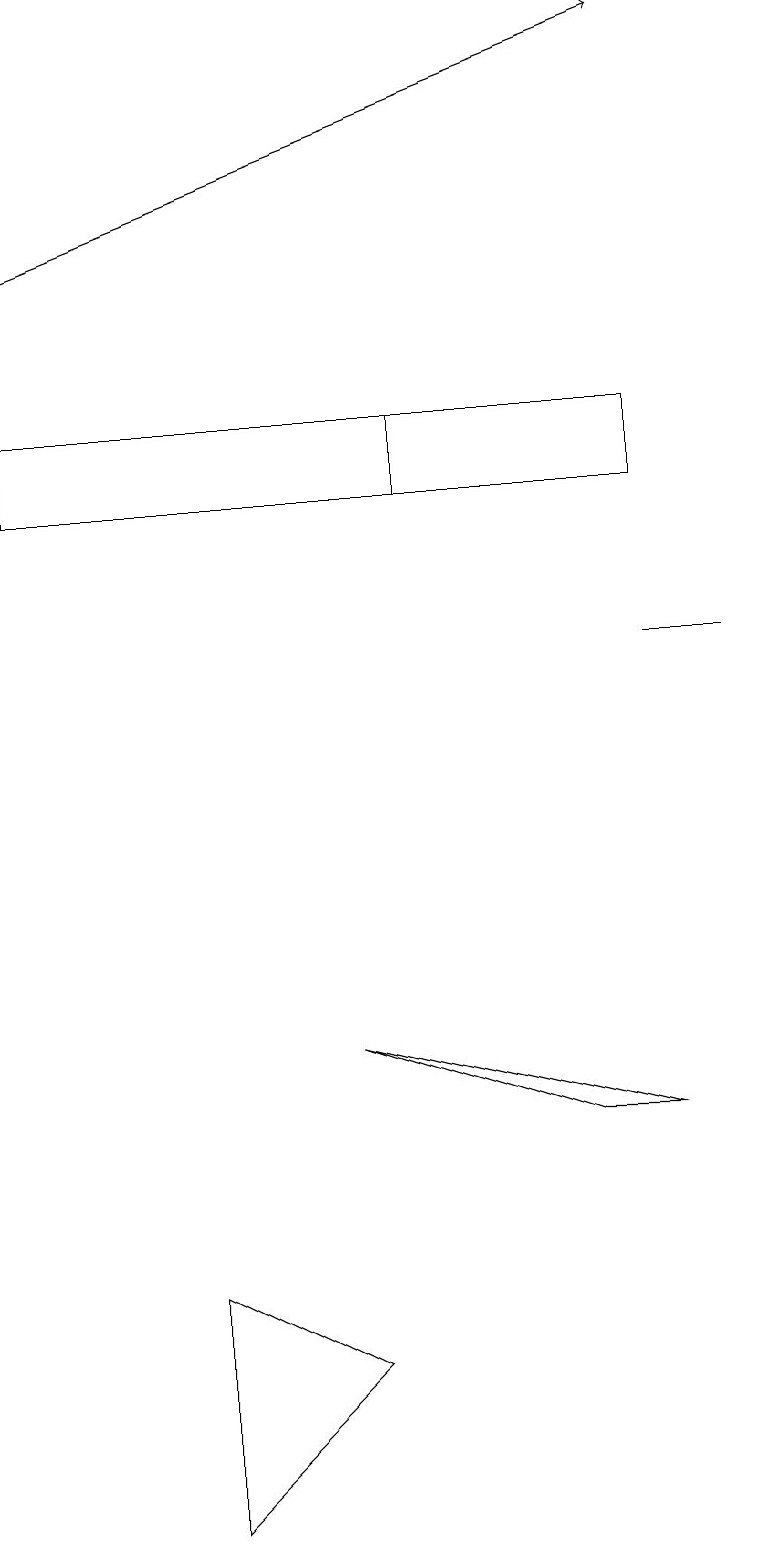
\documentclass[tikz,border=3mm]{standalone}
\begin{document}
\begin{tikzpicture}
\draw (5,13) rectangle (0,14);
\draw (9,11) rectangle (8,11);
\draw[->] (0,16) -- (8,19);
\draw (8,5) -- (4,6) -- (7,5) -- cycle;
\draw (8,14) rectangle (5,13);
\draw (2,3) -- (2,0) -- (4,2) -- cycle;
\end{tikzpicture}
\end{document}